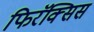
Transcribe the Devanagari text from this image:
फिरॅक्सिस